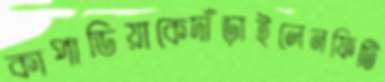
কাপাডিয়াকেদাঁড়াইলেনফিটি